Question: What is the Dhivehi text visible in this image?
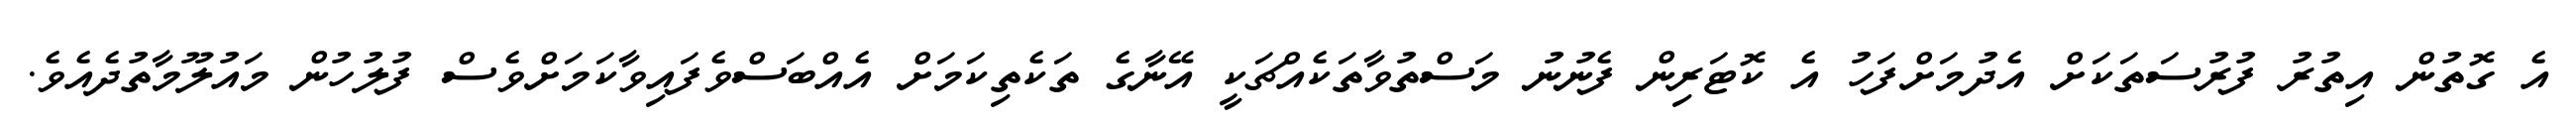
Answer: އެ ގޮތުން އިތުރު ފުރުސަތަކަށް އެދުމަށްފަހު އެ ކޮޓަރިން ފެނުނު މަސްތުވާތަކެއްޗަކީ އޭނާގެ ތަކެތިކަމަށް އެއްބަސްވެފައިވާކަމަށްވެސް ފުލުހުން މައުލޫމާތުދެއެވެ.